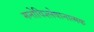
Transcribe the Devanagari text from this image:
मनोविश्लेषानात्मक